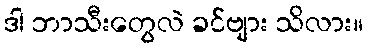
ဒါ ဘာသီးတွေလဲ ခင်ဗျား သိလား။